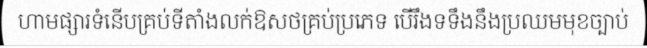
ហាមផ្សារទំនើបគ្រប់ទីតាំងលក់ឱសថគ្រប់ប្រភេទ បើរឹងទទឹងនឹងប្រឈមមុខច្បាប់